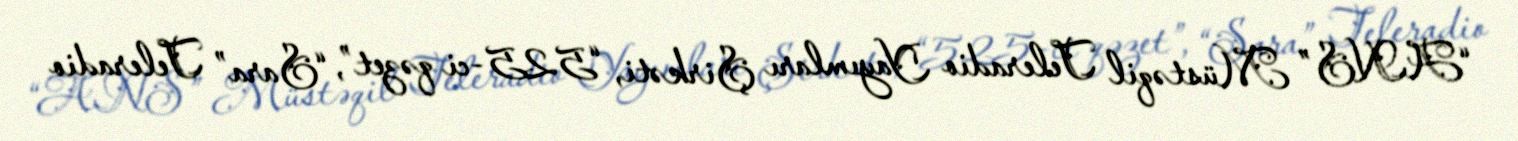
“ANS” Müstəqil Teleradio Yayımları Şirkəti, “525-ci qəzet”, “Sara” Teleradio